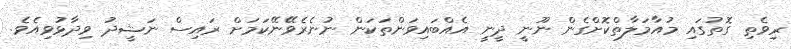
ރިވެތި ގޮތުގައި މުއާމަލާތްކޮށްގެން ނޫނީ ދީނީ އެއްބައިވަންތަކަން ނުނެރެވޭނޭކަމަށް ރައިސް ނަޝީދު ވިދާޅުވިއެވެ.